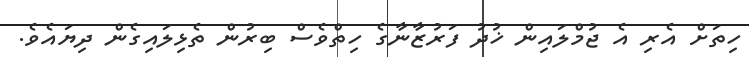
ހިތަށް އެރި އެ ޖުމްލައިން ޚުދު ފަރުޒާނާގެ ހިތްވެސް ބިރުން ތެޅިލައިގެން ދިޔައެވެ.